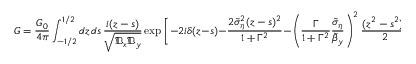
G = \frac { G _ { 0 } } { 4 \pi } \int _ { - 1 / 2 } ^ { 1 / 2 } d z \, d s \, \frac { i ( z - s ) } { \sqrt { \mathfrak { D } _ { x } \mathfrak { D } _ { y } } } \exp \Bigg [ - 2 i \delta ( z - s ) - \frac { 2 \tilde { \sigma } _ { \eta } ^ { 2 } ( z - s ) ^ { 2 } } { 1 + \Gamma ^ { 2 } } - \left( \frac { \Gamma } { 1 + \Gamma ^ { 2 } } \frac { \tilde { \sigma } _ { \eta } } { \tilde { \beta } _ { y } } \right) ^ { 2 } \frac { ( z ^ { 2 } - s ^ { 2 } ) ^ { 2 } } { 2 } \frac { \mathfrak { d } _ { y } } { \mathfrak { D } _ { y } } \Bigg ] .